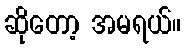
ဆိုတော့ အမရယ်။